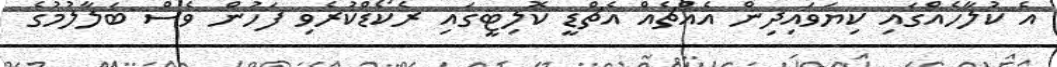
އެ ކުލާހެއްގައި ކިޔަވައިދިން އެއްޗެއް އެޗްޑީ ކޮލިޓީގައި ރެކޯޑްކުރެވި ފަހުން ވެސް ބަލާލުމުގެ